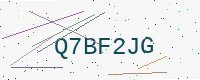
Text: Q7BF2JG